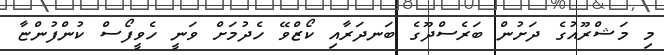
މި މަޝްރޫއުގެ ދަށުން ބަރެސްދޫގެ ބަނދަރާއި ކޯޒްވޭ ހެދުމަށް ވަނީ ހެވީފޯސް ކުންފުންޏާ